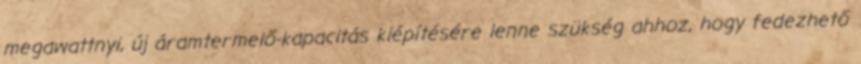
megawattnyi, új áramtermelő-kapacitás kiépítésére lenne szükség ahhoz, hogy fedezhető